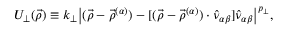
U _ { \perp } ( \vec { \rho } ) \equiv k _ { \perp } \big | ( \vec { \rho } - \vec { \rho } ^ { ( \alpha ) } ) - [ ( \vec { \rho } - \vec { \rho } ^ { ( \alpha ) } ) \cdot \hat { \nu } _ { \alpha \beta } ] \hat { \nu } _ { \alpha \beta } \big | ^ { p _ { \perp } } ,